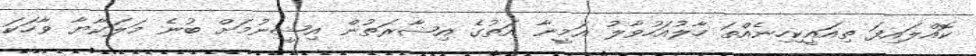
ކޮއްލައިފަ ތިއައީކިހިނެއްތަ ހާލުއަހުވާލު އަމީނާ އަތުގެ އިޝާރަތުން އިޝީނުމަށް ބުނެ މަލަކާޔާ ވާހަކަ